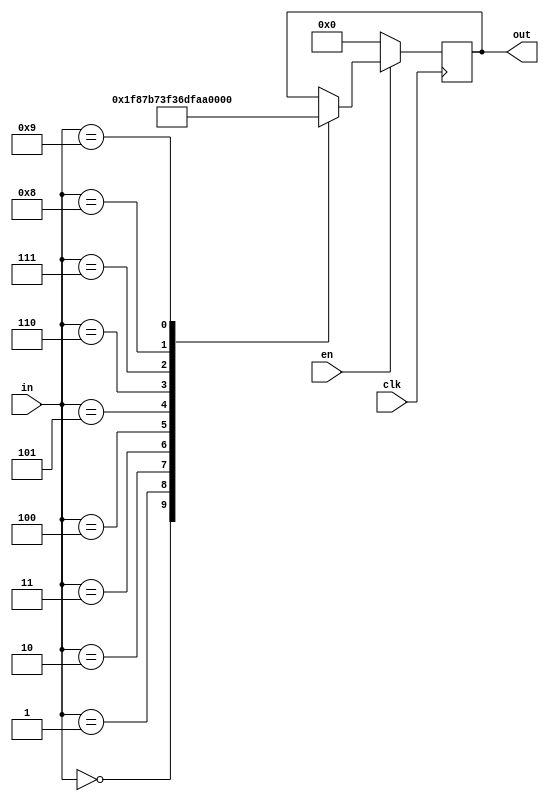
module seg_7
(
	input wire[3:0] in,
	input wire clk,
	input wire en,
	output reg[6:0] out
);

	always@(negedge clk)
	begin
		if(en)
		begin
			case(in)
				4'b0000:out <= 7'b0111_111;
				4'b0001:out <= 7'b0000_111;
				4'b0010:out <= 7'b1011_011;
				4'b0011:out <= 7'b1001_111;
				4'b0100:out <= 7'b1100_110;
				4'b0101:out <= 7'b1101_101;
				4'b0110:out <= 7'b1111_101;
				4'b0111:out <= 7'b0100_111;
				4'b1000:out <= 7'b1111_111;
				4'b1001:out <= 7'b1100_111;
				default:out <= out;
			endcase
		end
		else
			out <= 7'b0;
	end
endmodule